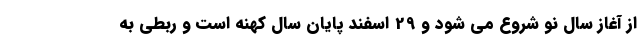
از آغاز سال نو شروع می شود و 29 اسفند پایان سال کهنه است و ربطی به